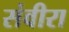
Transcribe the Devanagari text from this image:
संवीरा